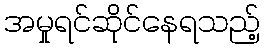
အမှုရင်ဆိုင်နေရသည့်